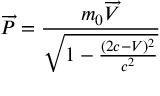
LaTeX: \overrightarrow { P } = \frac { m _ { 0 } { \overrightarrow { V } } } { \sqrt { 1 - \frac { ( 2 c - V ) ^ { 2 } } { c ^ { 2 } } } }